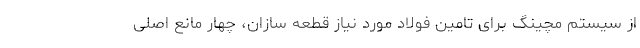
از سیستم مچینگ برای تامین فولاد مورد نیاز قطعه سازان، چهار مانع اصلی